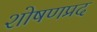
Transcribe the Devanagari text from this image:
शोषणप्रद